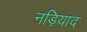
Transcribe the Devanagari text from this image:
नड़ियाद